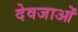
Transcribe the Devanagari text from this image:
देवजाओं